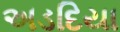
અડદિયા